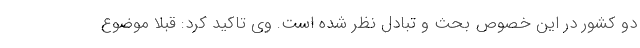
دو کشور در این خصوص بحث و تبادل نظر شده است. وی تاکید کرد: قبلا موضوع